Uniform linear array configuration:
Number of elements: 64
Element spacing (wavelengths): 0.75
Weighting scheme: cosine
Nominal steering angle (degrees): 0
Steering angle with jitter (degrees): -0.8467
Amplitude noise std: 0.05
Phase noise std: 0.05

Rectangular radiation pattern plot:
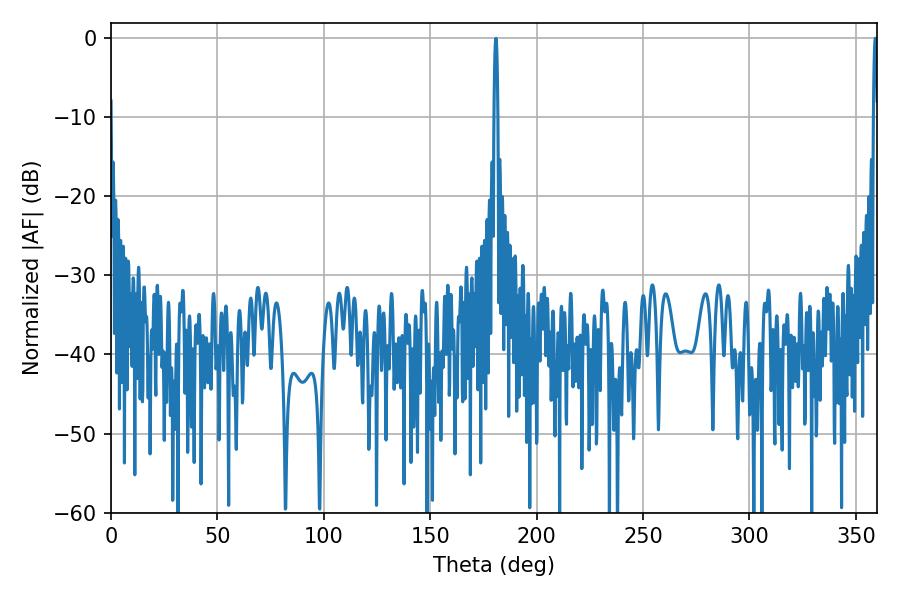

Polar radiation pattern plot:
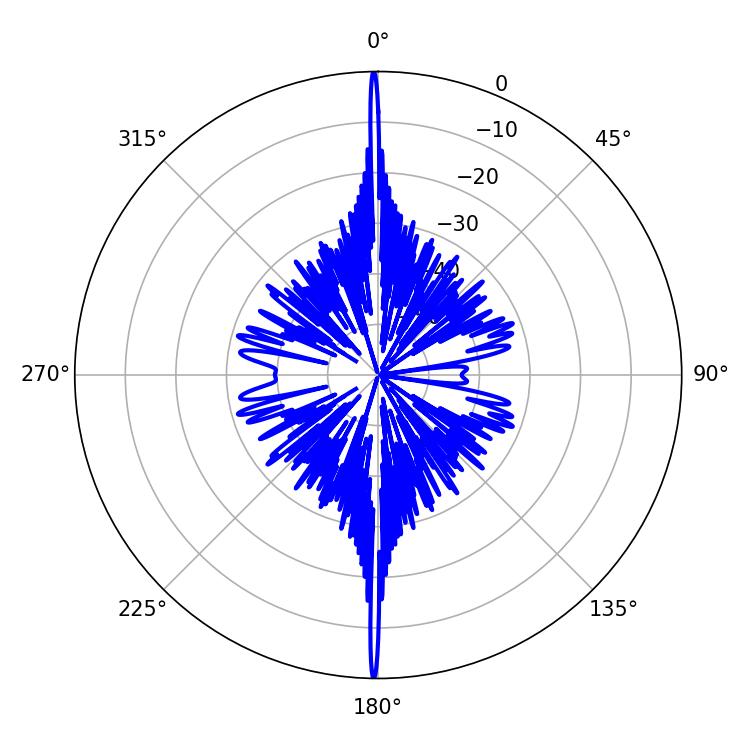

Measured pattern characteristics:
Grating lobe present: TRUE
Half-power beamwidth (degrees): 0.9
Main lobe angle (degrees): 359.1